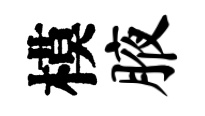
模腋